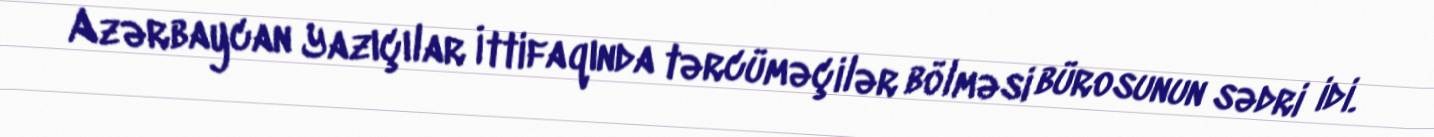
Azərbaycan Yazıçılar İttifaqında tərcüməçilər bölməsi bürosunun sədri idi.